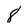
Character: 8